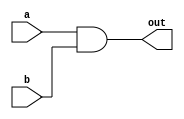
module top_module(input a, b, output out);

    assign out = a&b;

    /*
        Second Way:
          and(out, a, b);
    */

endmodule